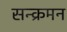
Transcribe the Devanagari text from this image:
सन्क्रमन